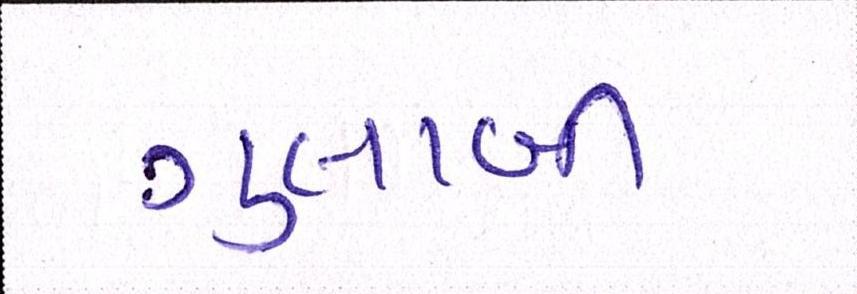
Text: ગુલાબી